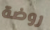
روضة